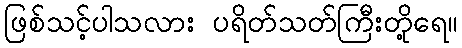
ဖြစ်သင့်ပါသလား ပရိတ်သတ်ကြီးတို့ရေ။